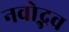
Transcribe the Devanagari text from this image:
नवोद्भव